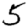
Digit: 5